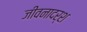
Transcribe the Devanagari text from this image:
जीवनादर्श